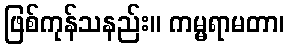
ဖြစ်ကုန်သနည်း။ ကမ္မရာမတာ၊